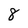
Character: 8